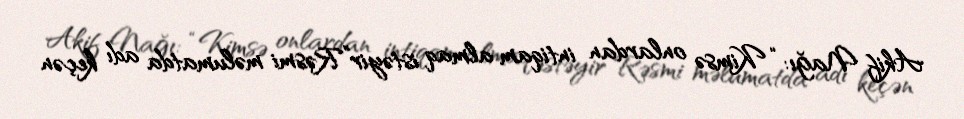
Akif Nağı: “Kimsə onlardan intiqam almaq istəyir”Rəsmi məlumatda adı keçən